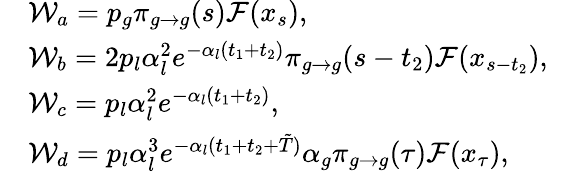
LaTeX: \begin{array}{rlr}&{{\cal W}_{a}=p_{g}\pi_{g\to g}(s){\cal F}(x_{s}),}&\\ &{{\cal W}_{b}=2p_{l}\alpha_{l}^{2}e^{-\alpha_{l}(t_{1}+t_{2})}\pi_{g\to g}(s-t_{2}){\cal F}(x_{s-t_{2}}),}&\\ &{{\cal W}_{c}=p_{l}\alpha_{l}^{2}e^{-\alpha_{l}(t_{1}+t_{2})},}&\\ &{{\cal W}_{d}=p_{l}\alpha_{l}^{3}e^{-\alpha_{l}(t_{1}+t_{2}+\tilde{T})}\alpha_{g}\pi_{g\to g}(\tau){\cal F}(x_{\tau}),}&\end{array}